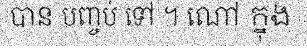
បាន បញ្ចប់ ទៅ ។ ណៅ ក្នុង